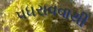
પધરાવવાથી